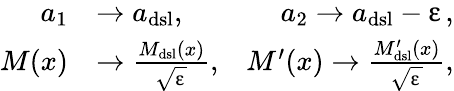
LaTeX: \begin{array}{rlr}{a_{1}}&{\to a_{\mathrm{dsl}},}&{a_{2}\to a_{\mathrm{dsl}}-\upvarepsilon,}\\ {M(x)}&{\to\frac{M_{\mathrm{dsl}}(x)}{\sqrt{\upvarepsilon}},}&{M^{\prime}(x)\to\frac{M_{\mathrm{dsl}}^{\prime}(x)}{\sqrt{\upvarepsilon}},}\end{array}